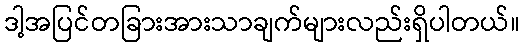
ဒါ့အပြင်တခြားအားသာချက်များလည်းရှိပါတယ်။